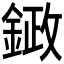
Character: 𮢙